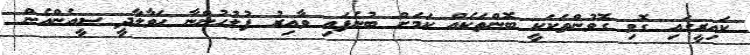
ކައިރީގައި ގޮވި ގޮވުންތަކަކީ ބޮންތަކެއް ކަމަށް ބުނެފައި ވާއިރު ފުލުހުންނާ ހަވާލާދީ ސީއެންއެން